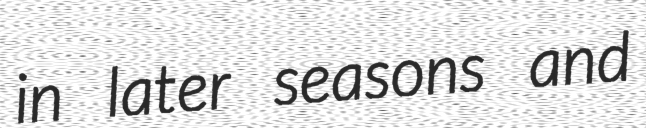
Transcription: in later seasons and